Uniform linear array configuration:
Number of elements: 64
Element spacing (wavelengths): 1
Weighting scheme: hamming
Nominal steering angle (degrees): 15
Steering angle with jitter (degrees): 14.152
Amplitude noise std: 0.05
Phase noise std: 0.05

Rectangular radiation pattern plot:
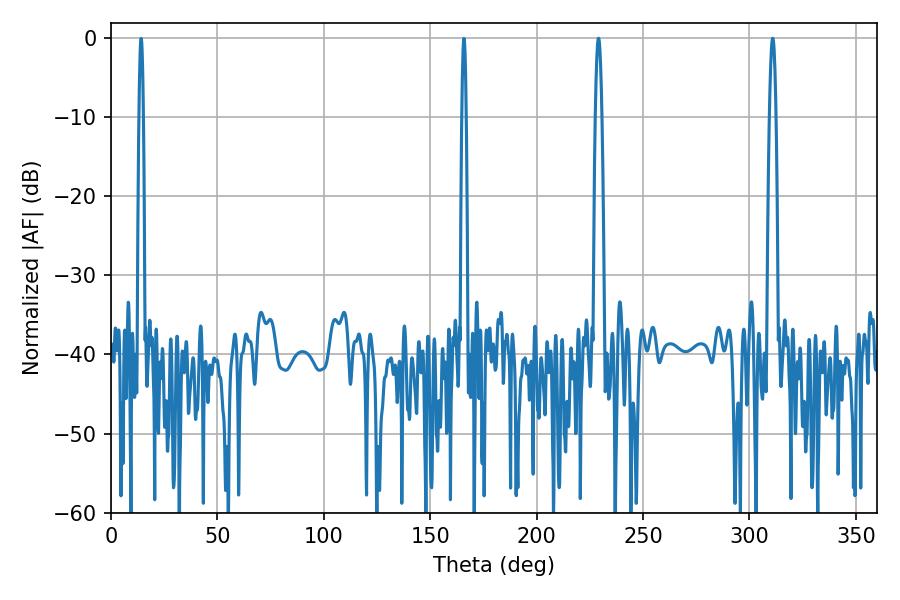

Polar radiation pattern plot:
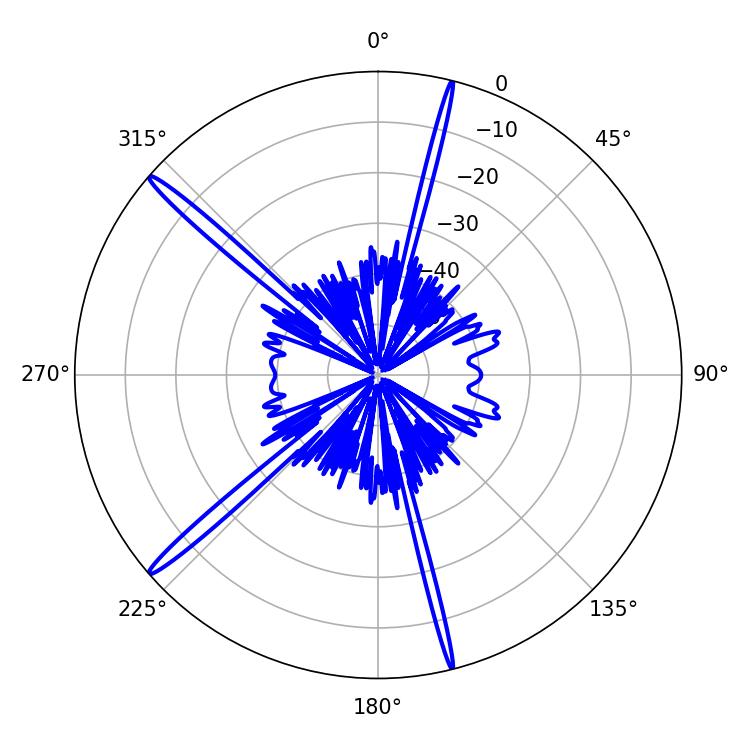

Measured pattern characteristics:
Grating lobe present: TRUE
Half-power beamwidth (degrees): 1.62
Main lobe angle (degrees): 310.86